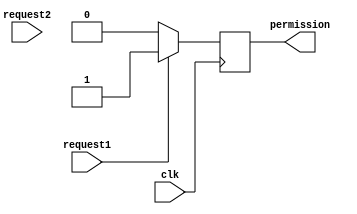
module Fixer_Priority_Arbitter(
    input request1,
    input request2,
    input clk,
    output reg permission
    );
    always @(posedge clk)begin
        if(request1)begin
            permission <= {0,1};
        end else if (request2)begin
            permission <= {1,0};
        end else begin
            permission <={0,0};
        end
    end 
endmodule